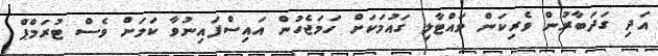
އަދި ގަދަބާރުން ވެރިކަން ވައްޓާލި ގައުމަކަށް ހަމަޖެހުން އައިސްފައިނުވާ ކަމަށް ވެސް ޓުރަމްޕް